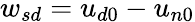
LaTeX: {w_{sd}}=u_{d0}-u_{n0}